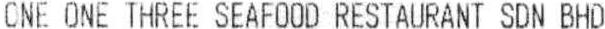
ONE ONE THREE SEAFOOD RESTAURANT SDN BHD